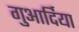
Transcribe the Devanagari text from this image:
गुआर्दिया